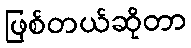
ဖြစ်တယ်ဆိုတာ